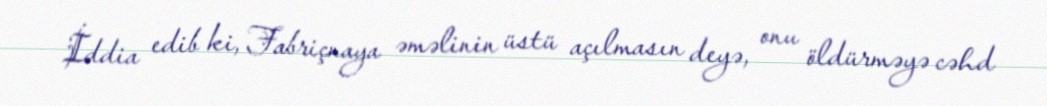
İddia edib ki, Fabriçnaya əməlinin üstü açılmasın deyə, onu öldürməyə cəhd